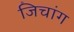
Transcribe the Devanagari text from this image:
जिचांग